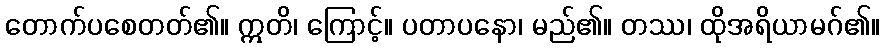
တောက်ပစေတတ်၏။ ဣတိ၊ ကြောင့်။ ပတာပနော၊ မည်၏။ တဿ၊ ထိုအရိယာမဂ်၏။